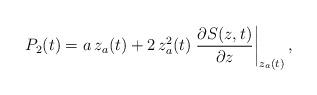
LaTeX: \begin{align*}P_2(t)=a\,z_a(t)+2\,z_a^2(t)\left.\dfrac{\partial S(z,t)}{\partial z}\right|_{z_a(t)},\end{align*}